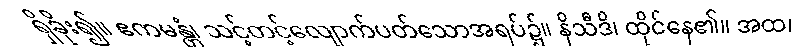
ရှိခိုး၍။ ဧကမန္တံ၊ သင့်တင့်လျောက်ပတ်သောအရပ်၌။ နိသီဒိ၊ ထိုင်နေ၏။ အထ၊